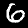
Digit: 6